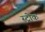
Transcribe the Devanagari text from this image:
स्‍ट्रोक